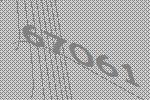
67061